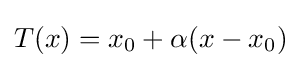
T(x)=x_{0}+\alpha (x-x_{0})